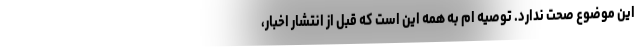
این موضوع صحت ندارد. توصیه ام به همه این است که قبل از انتشار اخبار،